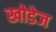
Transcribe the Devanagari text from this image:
खोडेज